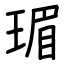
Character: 瑂